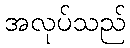
အလုပ်သည်